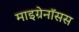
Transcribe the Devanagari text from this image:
माइग्रेनॉसस